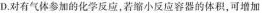
D.对有气体参加的化学反应，若缩小反应容器的体积，可增加